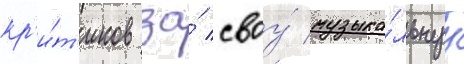
кр'и́т'иков за́ своу́ музыка́льнуу